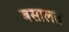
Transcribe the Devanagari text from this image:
बसालत